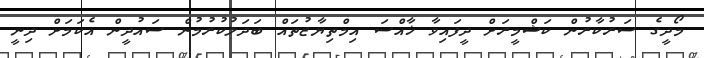
މޯދީގެ ސަރުކާރުން ކަޝްމީރަށް ދީފައިވާ ޚާއްސަ އިމްތިޔާޒުތައް ބަދަލުކުރުމުން ސައުދީން އެކަމަށް ދިނީ